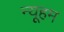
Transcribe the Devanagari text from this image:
न्यूहम